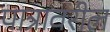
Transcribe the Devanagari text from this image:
पात्रावरील